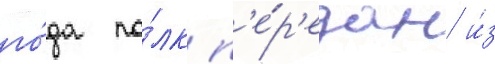
го́да по́лк п'е́р'едан и́з